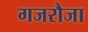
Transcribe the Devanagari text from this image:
गजरौजा